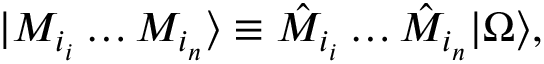
| M _ { i _ { i } } \dots M _ { i _ { n } } \rangle \equiv \hat { M } _ { i _ { i } } \dots \hat { M } _ { i _ { n } } | \Omega \rangle ,